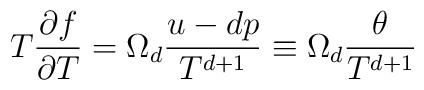
T\frac{\partial f}{\partial T} = \Omega_d \frac{u-d p}{T^{d+1}} \equiv  \Omega_d \frac{\theta}{T^{d+1}}